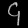
Digit: ၄